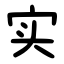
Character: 实